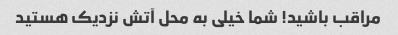
مراقب باشید! شما خیلی به محل آتش نزدیک هستید